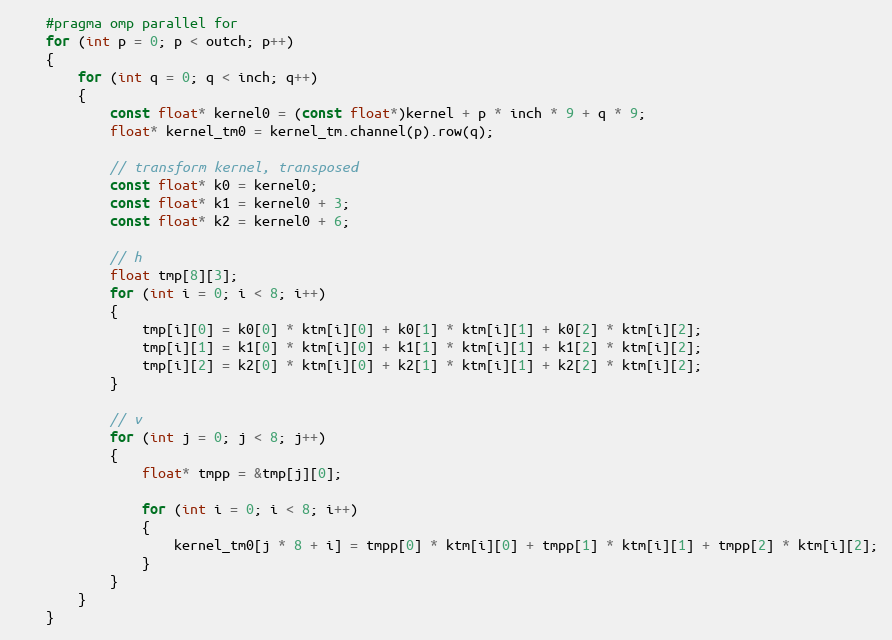
Language: C
    #pragma omp parallel for
    for (int p = 0; p < outch; p++)
    {
        for (int q = 0; q < inch; q++)
        {
            const float* kernel0 = (const float*)kernel + p * inch * 9 + q * 9;
            float* kernel_tm0 = kernel_tm.channel(p).row(q);

            // transform kernel, transposed
            const float* k0 = kernel0;
            const float* k1 = kernel0 + 3;
            const float* k2 = kernel0 + 6;

            // h
            float tmp[8][3];
            for (int i = 0; i < 8; i++)
            {
                tmp[i][0] = k0[0] * ktm[i][0] + k0[1] * ktm[i][1] + k0[2] * ktm[i][2];
                tmp[i][1] = k1[0] * ktm[i][0] + k1[1] * ktm[i][1] + k1[2] * ktm[i][2];
                tmp[i][2] = k2[0] * ktm[i][0] + k2[1] * ktm[i][1] + k2[2] * ktm[i][2];
            }

            // v
            for (int j = 0; j < 8; j++)
            {
                float* tmpp = &tmp[j][0];

                for (int i = 0; i < 8; i++)
                {
                    kernel_tm0[j * 8 + i] = tmpp[0] * ktm[i][0] + tmpp[1] * ktm[i][1] + tmpp[2] * ktm[i][2];
                }
            }
        }
    }